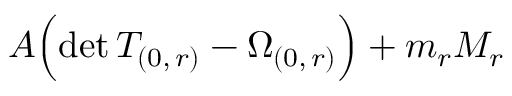
A \Bigl ( \mathrm { d e t } \, T _ { ( 0 , \, r ) } - \Omega _ { ( 0 , \, r ) } \Bigr ) + m _ { r } M _ { r }